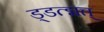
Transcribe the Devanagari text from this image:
ड्डत्द्मत्त्